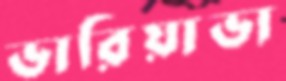
ভারিয়াভা